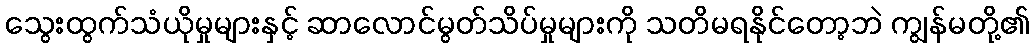
သွေးထွက်သံယိုမှုများနှင့် ဆာလောင်မွတ်သိပ်မှုများကို သတိမရနိုင်တော့ဘဲ ကျွန်မတို့၏